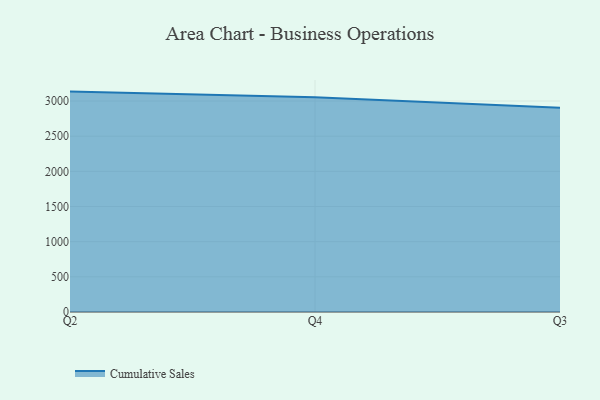
{"axis": {"x": "Quarter", "y": "Budget (USD K)"}, "legend": ["Cumulative Sales"], "data": [{"x": "Q2", "y": 3133.7, "type": "Cumulative Sales"}, {"x": "Q4", "y": 3052.1, "type": "Cumulative Sales"}, {"x": "Q3", "y": 2904.0, "type": "Cumulative Sales"}]}